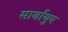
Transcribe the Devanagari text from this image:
सार्वायुष